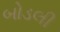
બોડલી